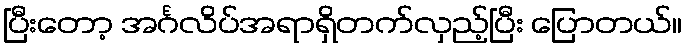
ပြီးတော့ အင်္ဂလိပ်အရာရှိတက်လှည့်ပြီး ပြောတယ်။